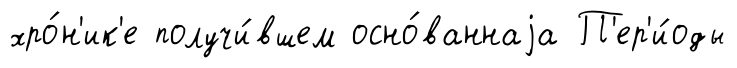
хро́н'ик'е получи́вшем осно́ваннаjа П'ер'и́оды